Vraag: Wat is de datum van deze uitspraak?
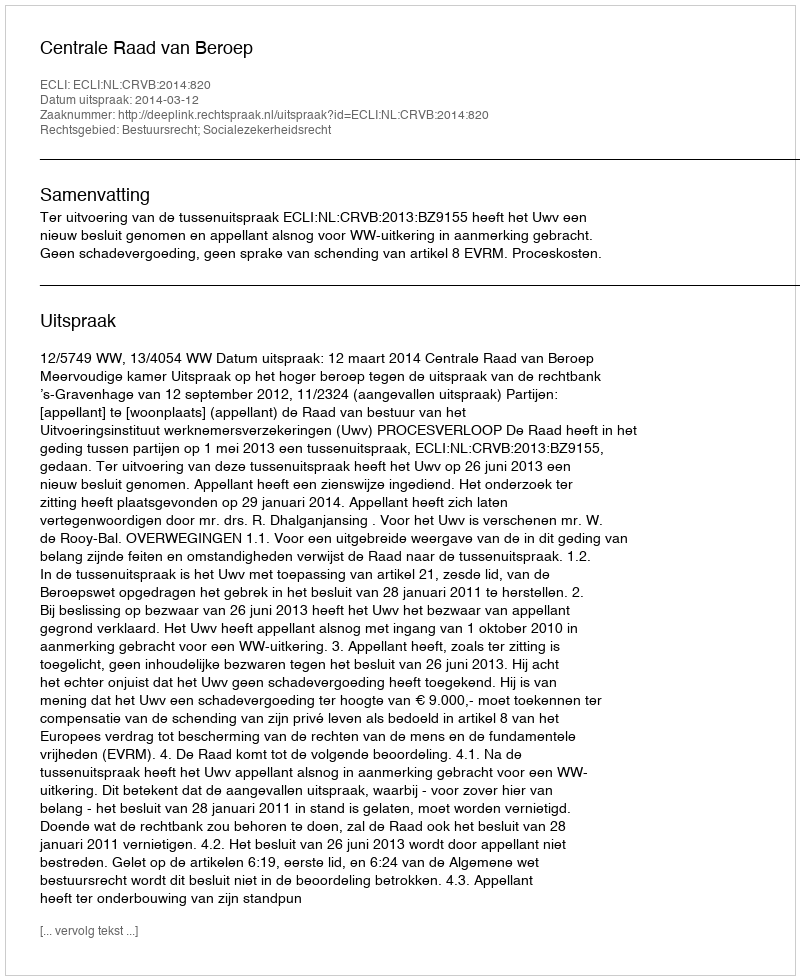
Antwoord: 2014-03-12